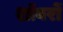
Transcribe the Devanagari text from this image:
शॉवरों